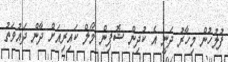
ފުލުހުން މިހާރު ދަނީ އެ ކުދިން ޝޮޕިން މޯލް ކައިރިއަށް ދާން ދައުވަތު